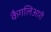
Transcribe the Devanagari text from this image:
कैगलिआरी